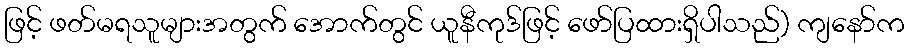
ဖြင့် ဖတ်မရသူများအတွက် အောက်တွင် ယူနီကုဒ်ဖြင့် ဖော်ပြထားရှိပါသည်) ကျနော်က